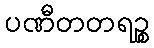
ပဏီတတရဉ္စ